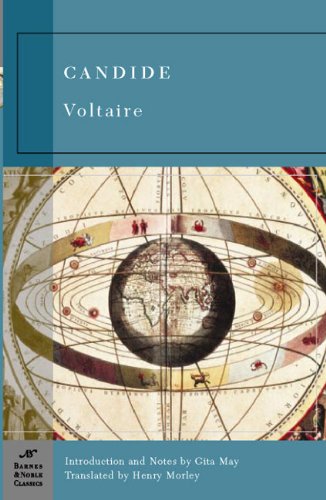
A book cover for Candide (Barnes & Noble Classics Series); Voltaire; Politics & Social Sciences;